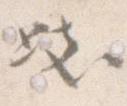
き